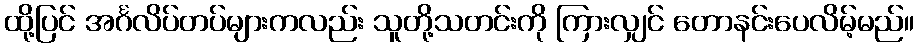
ထို့ပြင် အင်္ဂလိပ်တပ်များကလည်း သူတို့သတင်းကို ကြားလျှင် တောနင်းပေလိမ့်မည်။